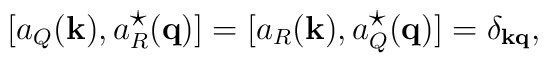
[a_Q({\bf k}),a_R^{\mbox{\normalsize $\star$}}({\bf q})] =[a_R({\bf k}),a_Q^{\mbox{\normalsize $\star$}}({\bf q})] = \delta_{\bf kq},